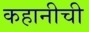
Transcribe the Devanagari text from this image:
कहानीची